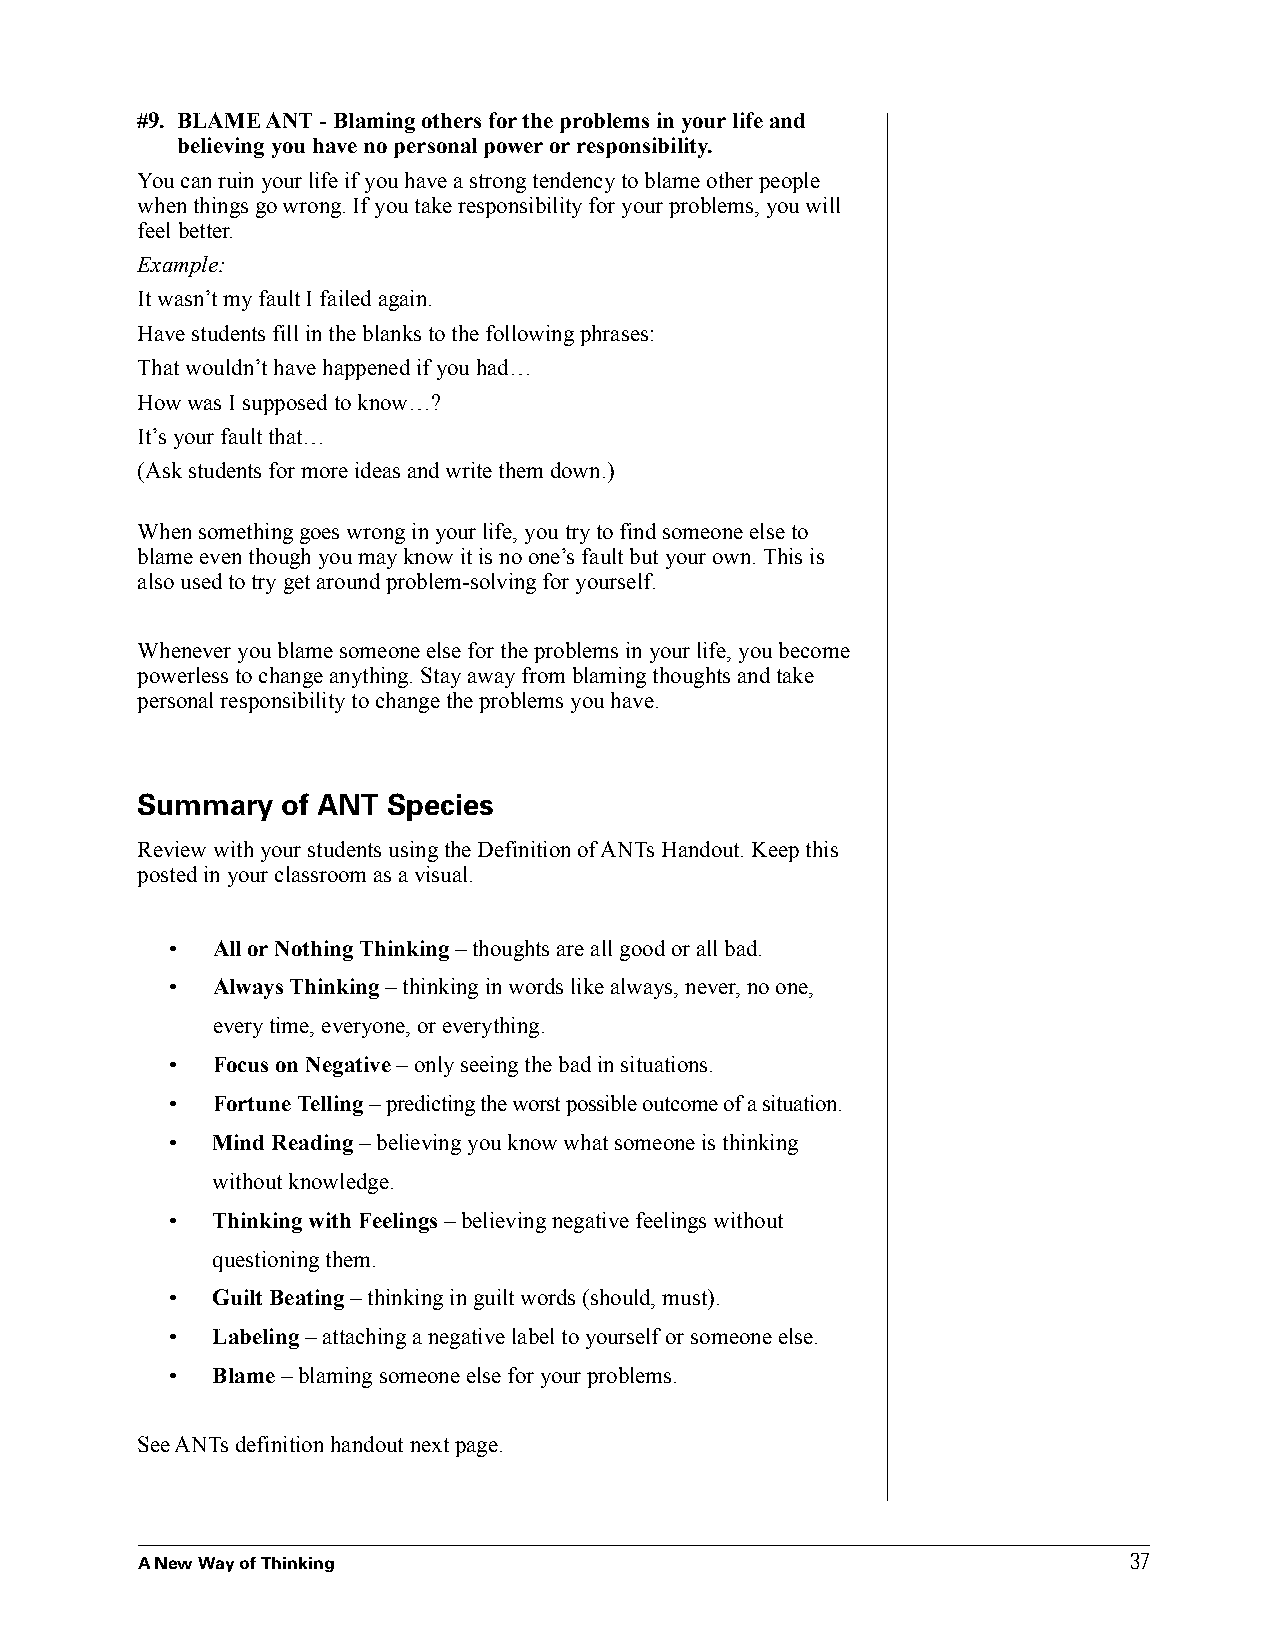
#9 . BLAME ANT - Blaming others for the problems in your life and
 believing you have no personal power or responsibility .
 You can ruin your life if you have a strong tendency to blame other people
 when things go wrong. If you take responsibility for your problems, you will
 feel better.
 Example:
 It wasn’t my fault I failed again.
 Have students fill in the blanks to the following phrases:
 That wouldn’t have happened if you had…
 How was I supposed to know…?
 It’s your fault that…
 (Ask students for more ideas and write them down.)
 When something goes wrong in your life, you try to find someone else to
 blame even though you may know it is no one’s fault but your own. This is
 also used to try get around problem-solving for yourself.
 Whenever you blame someone else for the problems in your life, you become
 powerless to change anything. Stay away from blaming thoughts and take
 personal responsibility to change the problems you have.
 Summary   of ANT Species
 Review with your students using the Definition of ANTs Handout. Keep this
 posted in your classroom as a visual.
 •  All or Nothing Thinking – thoughts are all good or all bad.
 •  Always Thinking – thinking in words like always, never, no one,
 every time, everyone, or everything.
 •  Focus on Negative – only seeing the bad in situations.
 •  Fortune Telling – predicting the worst possible outcome of a situation.
 •  Mind Reading – believing you know what someone is thinking
 without knowledge.
 •  Thinking with Feelings – believing negative feelings without
 questioning them.
 •  Guilt Beating – thinking in guilt words (should, must).
 •  Labeling – attaching a negative label to yourself or someone else.
 •  Blame – blaming someone else for your problems.
 See ANTs definition handout next page.
 37
 A New Way of Thinking